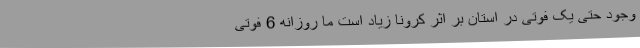
وجود حتی یک فوتی در استان بر اثر کرونا زیاد است ما روزانه 6 فوتی